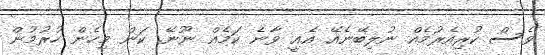
ވެސް ކުރިއެރުމެއް ނުލިބޭނެއޭ އެއީ ވާނެ ކަމެއް ނޫނޭ. ކަން މިހެން ހުރުމުން